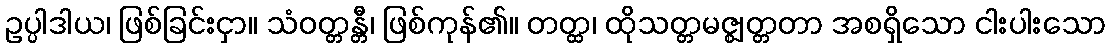
ဥပ္ပါဒါယ၊ ဖြစ်ခြင်းငှာ။ သံဝတ္တန္တီ၊ ဖြစ်ကုန်၏။ တတ္ထ၊ ထိုသတ္တမဇ္ဈတ္တတာ အစရှိသော ငါးပါးသော